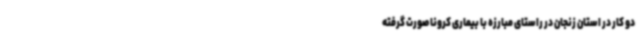
دو کار در استان زنجان در راستای مبارزه با بیماری کرونا صورت گرفته